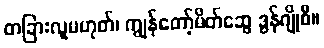
တခြားလူမဟုတ်၊ ကျွန်တော့်မိတ်ဆွေ ဒွန်ဂျိုစီ။